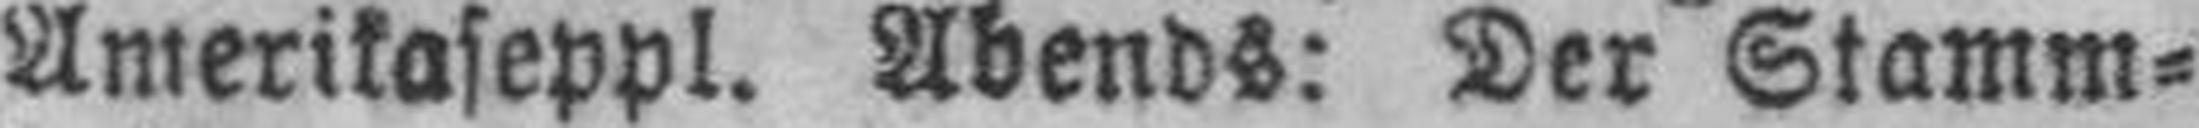
Amerikaseppl. Abends: Der Stamm¬